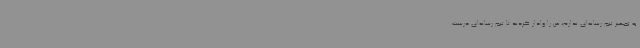
به تجهیز تیم رسانه‌ای ندارم، من را وادار کردند تا تیم رسانه‌ای درست